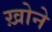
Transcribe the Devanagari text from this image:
ख़ोने